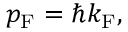
p _ { \mathrm { F } } = \hbar k _ { \mathrm { F } } ,